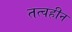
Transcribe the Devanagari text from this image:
तत्वहीन